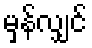
မှန်လျှင်